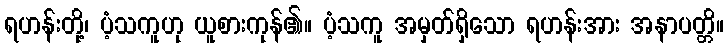
ရဟန်းတို့၊ ပံ့သကူဟု ယူစားကုန်၏။ ပံ့သကူ အမှတ်ရှိသော ရဟန်းအား အနာပတ္တိ။